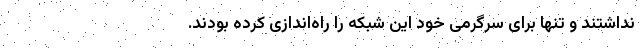
نداشتند و تنها برای سرگرمی خود این شبکه را راه‌اندازی کرده بودند.